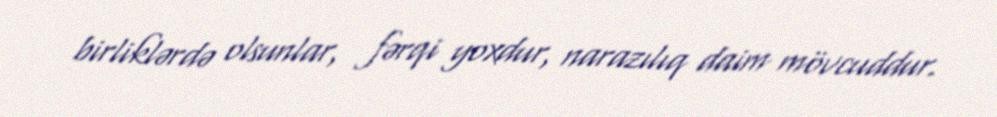
birliklərdə olsunlar, fərqi yoxdur, narazılıq daim mövcuddur.